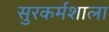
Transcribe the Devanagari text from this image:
सुरकर्मशाला